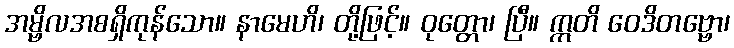
အမ္ဗိလအစရှိကုန်သော။ နာမေဟိ၊ တို့ဖြင့်။ ဝုတ္တော၊ ပြီ။ ဣတိ ဝေဒိတဗ္ဗော၊